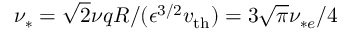
\nu _ { \ast } = \sqrt { 2 } \nu q R / ( \epsilon ^ { 3 / 2 } v _ { \mathrm { t h } } ) = 3 \sqrt { \pi } \nu _ { * e } / 4